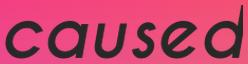
caused